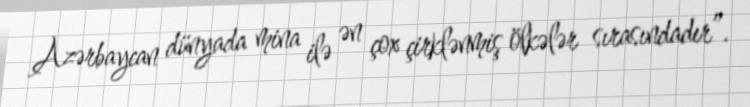
Azərbaycan dünyada mina ilə ən çox çirklənmiş ölkələr sırasındadır”.